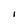
Character: I